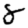
Digit: 8